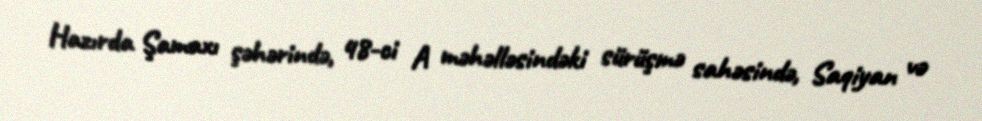
Hazırda Şamaxı şəhərində, 48-ci A məhəlləsindəki sürüşmə sahəsində, Saqiyan və